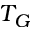
T _ { G }